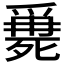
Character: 𣩖